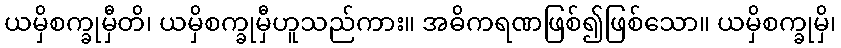
ယမှိစက္ခုမှီတိ၊ ယမှိစက္ခုမှီဟူသည်ကား။ အဓိကရဏဖြစ်၍ဖြစ်သော။ ယမှိစက္ခုမှိ၊